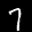
Label: 7